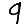
Digit: 9